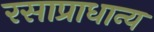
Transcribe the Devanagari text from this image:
रसाप्राधान्य